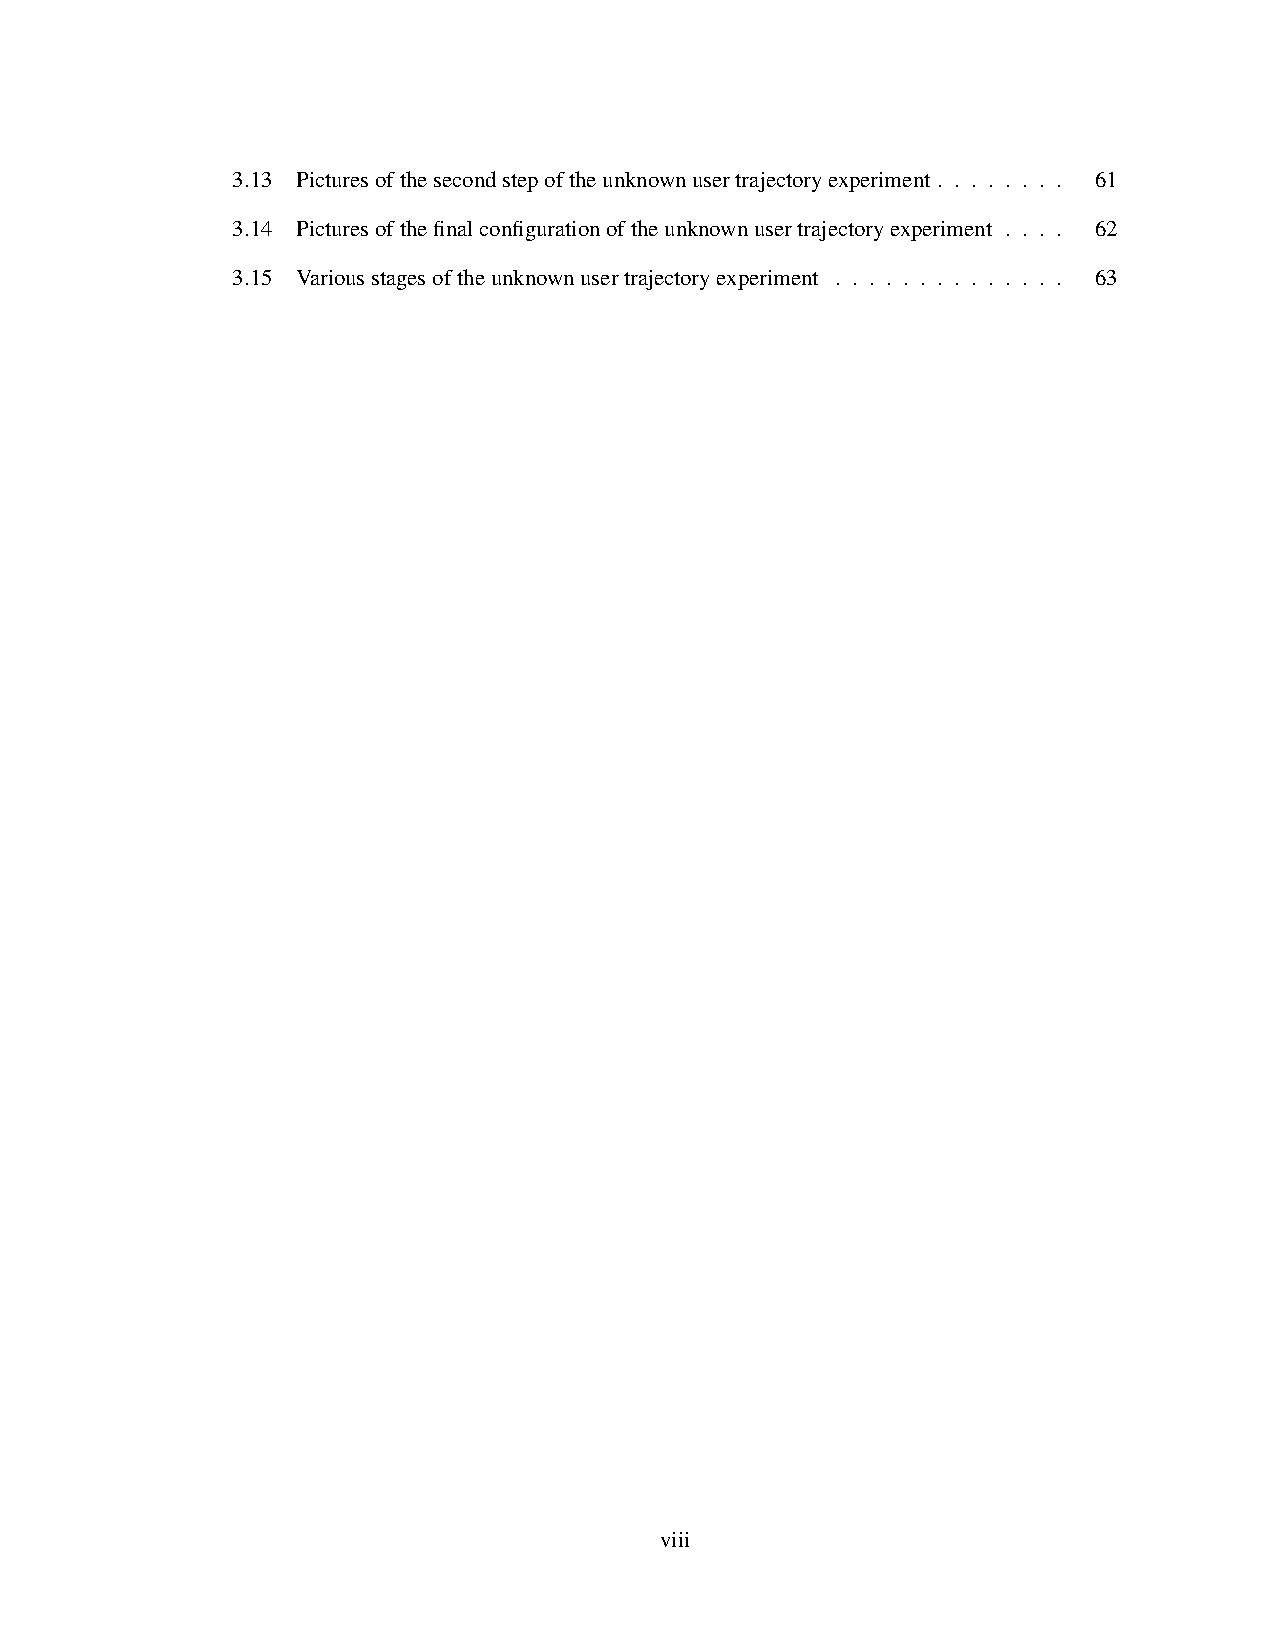
3.13 Picturesofthesecondstepoftheunknownusertrajectoryexperiment . . . . . . . . 61
 3.14 Picturesofthefinalconfigurationoftheunknownusertrajectoryexperiment . . . . 62
 3.15 Variousstagesoftheunknownusertrajectoryexperiment . . . . . . . . . . . . . . 63
 viii